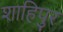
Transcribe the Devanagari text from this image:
शाहिपुर